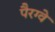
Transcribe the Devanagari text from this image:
पैरग्वे